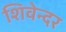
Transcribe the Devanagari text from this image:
शिवेन्दर